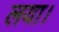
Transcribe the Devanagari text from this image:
लया।